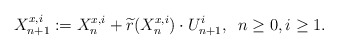
\begin{align*} X^{x,i}_{n+1}&:=X_n^{x,i}+\widetilde{r}(X_n^{x,i})\cdot U^i_{n+1},\;\;n\geq 0, i\geq 1.\end{align*}